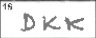
Transcription: DKK